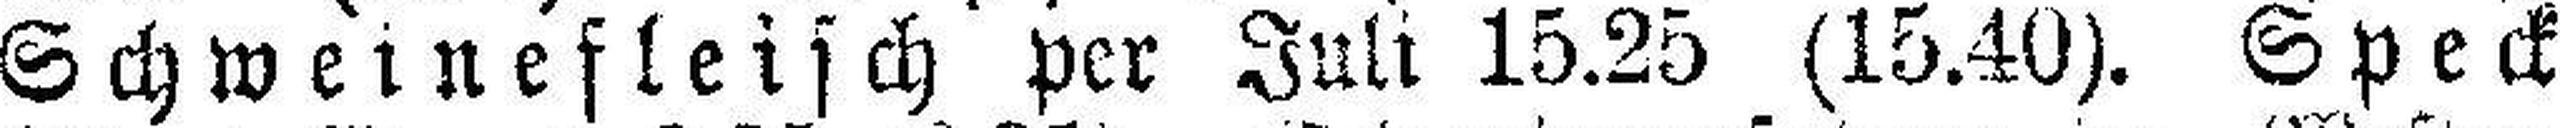
Schweinefleisch per Juli 15.25 (15.40). Speck